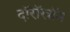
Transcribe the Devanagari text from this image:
दॉरॉखॉन